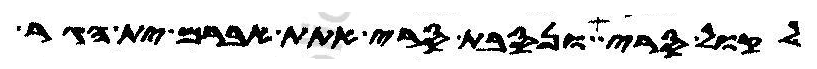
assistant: לקול סרי ונסבת סרי אתת אברם ית הגר